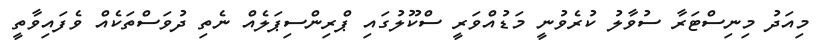
މިއަދު މިނިސްޓަރާ ސުވާލު ކުރެވުނީ މަޑުއްވަރީ ސްކޫލުގައި ޕްރިންސިޕަލެއް ނެތި ދުވަސްތަކެއް ވެފައިވާތީ